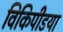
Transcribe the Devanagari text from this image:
विकिपीडया